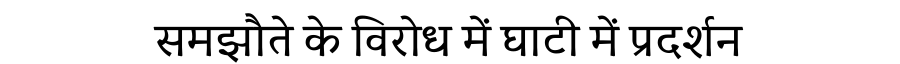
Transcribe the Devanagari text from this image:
समझौते के विरोध में घाटी में प्रदर्शन